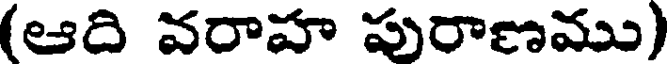
(ఆది వరాహ పురాణము)